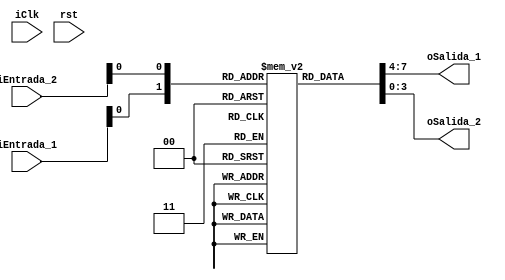
module Banco_Registros #(
parameter BIT_ADDR = 2,
parameter BIT_DATO = 4
)
(

input [BIT_DATO-1:0] iEntrada_1,
input [BIT_DATO-1:0] iEntrada_2,

input iClk,
input rst,

output [BIT_DATO-1:0] oSalida_1,
output [BIT_DATO-1:0] oSalida_2
);

//assign DATOS_MEMORIA[0] =  iEntrada_1;  
//assign DATOS_MEMORIA[1] =  iEntrada_2; 


reg [BIT_DATO-1:0] DATOS_MEMORIA [BIT_ADDR-1:0];  //2 DATOS DE 4 BITS
reg [BIT_DATO-1:0] MEMORIA_AUX_Q;
reg [BIT_DATO-1:0] MEMORIA_AUX_D;


assign oSalida_1 = DATOS_MEMORIA[iEntrada_1];
assign oSalida_2 = DATOS_MEMORIA[iEntrada_2];


//assign oValoe = MEMORIA_AUX_Q;

reg [3:0] rCounter_D;
reg [3:0] rCounter_Q;



//initial
//	begin
//		$readmenh("memoria.txt",DATOS_MEMORIA);
//	end



always @(posedge iClk)
	begin 
		MEMORIA_AUX_Q <= MEMORIA_AUX_D;
		rCounter_Q <= rCounter_D;
	end

 

always @*
	begin
		MEMORIA_AUX_D = DATOS_MEMORIA[rCounter_Q];
		rCounter_D = rCounter_Q + 2'd1;
	end



endmodule